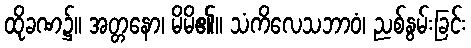
ထိုခဏ၌။ အတ္တနော၊ မိမိ၏။ သံကိလေသဘာဝံ၊ ညစ်နွမ်းခြင်း